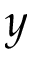
y